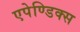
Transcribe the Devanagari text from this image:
एपेण्डिक्स